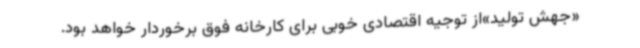
«جهش تولید»از توجیه اقتصادی خوبی برای کارخانه فوق برخوردار خواهد بود.